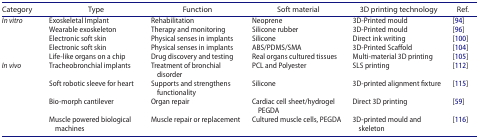
| Category | Type | Function | Soft material | 3D printing technology | Ref. |
 | --- | --- | --- | --- | --- | --- |
 | <ROWSPAN=5> In vitro | Exoskeletal Implant | Rehabilitation | Neoprene | 3D-Printed mould | [94] |
 | Wearable exoskeleton | Therapy and monitoring | Silicone rubber | 3D-Printed mould | [96] |
 | Electronic soft skin | Physical senses in implants | Silicone | Direct ink writing | [100] |
 | Electronic soft skin | Physical senses in implants | ABS/PDMS/SMA | 3D-Printed Scaffold | [104] |
 | Life-like organs on a chip | Drug discovery and testing | Real organs cultured tissues | Multi-material 3D printing | [105] |
 | <ROWSPAN=4> In vivo | Tracheobronchial implants | Treatment of bronchial disorder | PCL and Polyester | SLS printing | [112] |
 | Soft robotic sleeve for heart | Supports and strengthens functionality | Silicone | 3D-printed alignment fixture | [115] |
 | Bio-morph cantilever | Organ repair | Cardiac cell sheet/hydrogel PEGDA | Direct 3D printing | [59] |
 | Muscle powered biological machines | Muscle repair or replacement | Cultured muscle cells, PEGDA | 3D-printed mould and skeleton | [116] |